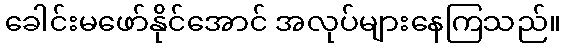
ခေါင်းမဖော်နိုင်အောင် အလုပ်များနေကြသည်။